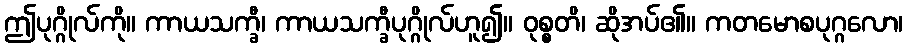
ဤပုဂ္ဂိုလ်ကို။ ကာယသက္ခီ၊ ကာယသက္ခီပုဂ္ဂိုလ်ဟူ၍။ ဝုစ္စတိ၊ ဆိုအပ်၏။ ကတမောစပုဂ္ဂလော၊